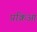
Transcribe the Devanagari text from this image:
प्रक्रिआ